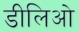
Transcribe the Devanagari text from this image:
डीलिओ